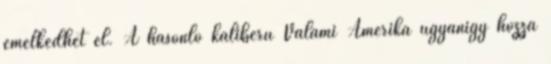
emelkedhet el. A hasonló kaliberű Valami Amerika ugyanígy hozza